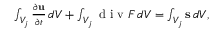
\begin{array} { r } { \int _ { V _ { j } } \frac { \partial { \bf u } } { \partial t } \, d V + \int _ { V _ { j } } \mathrm { ~ d ~ i ~ v ~ } { \cal F } \, d V = \int _ { V _ { j } } { \bf s } \, d V , } \end{array}